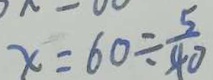
x = 6 0 \div \frac { 5 } { 4 0 }